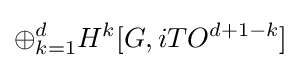
\oplus _{k=1}^{d}H^{k}[G,iTO^{d+1-k}]